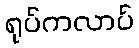
ရုပ်ကလာပ်